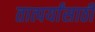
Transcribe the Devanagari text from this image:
तात्पर्यांसाठी